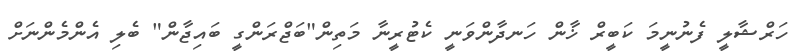
ހަރްޝާލީ ފެނުނީމަ ކަބީރް ޚާން ހަނދާންވަނީ ކެޓުރީނާ މަތިން"ބަޖްރަންގީ ބައިޖާން" ބެލި އެންމެންނަށް